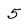
Character: 5